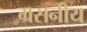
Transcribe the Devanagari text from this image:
ग्रसनीय